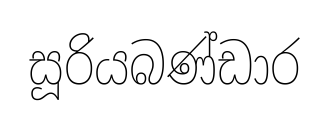
සූරියබණ්ඩාර